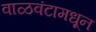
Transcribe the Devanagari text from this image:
वाळवंटामधून